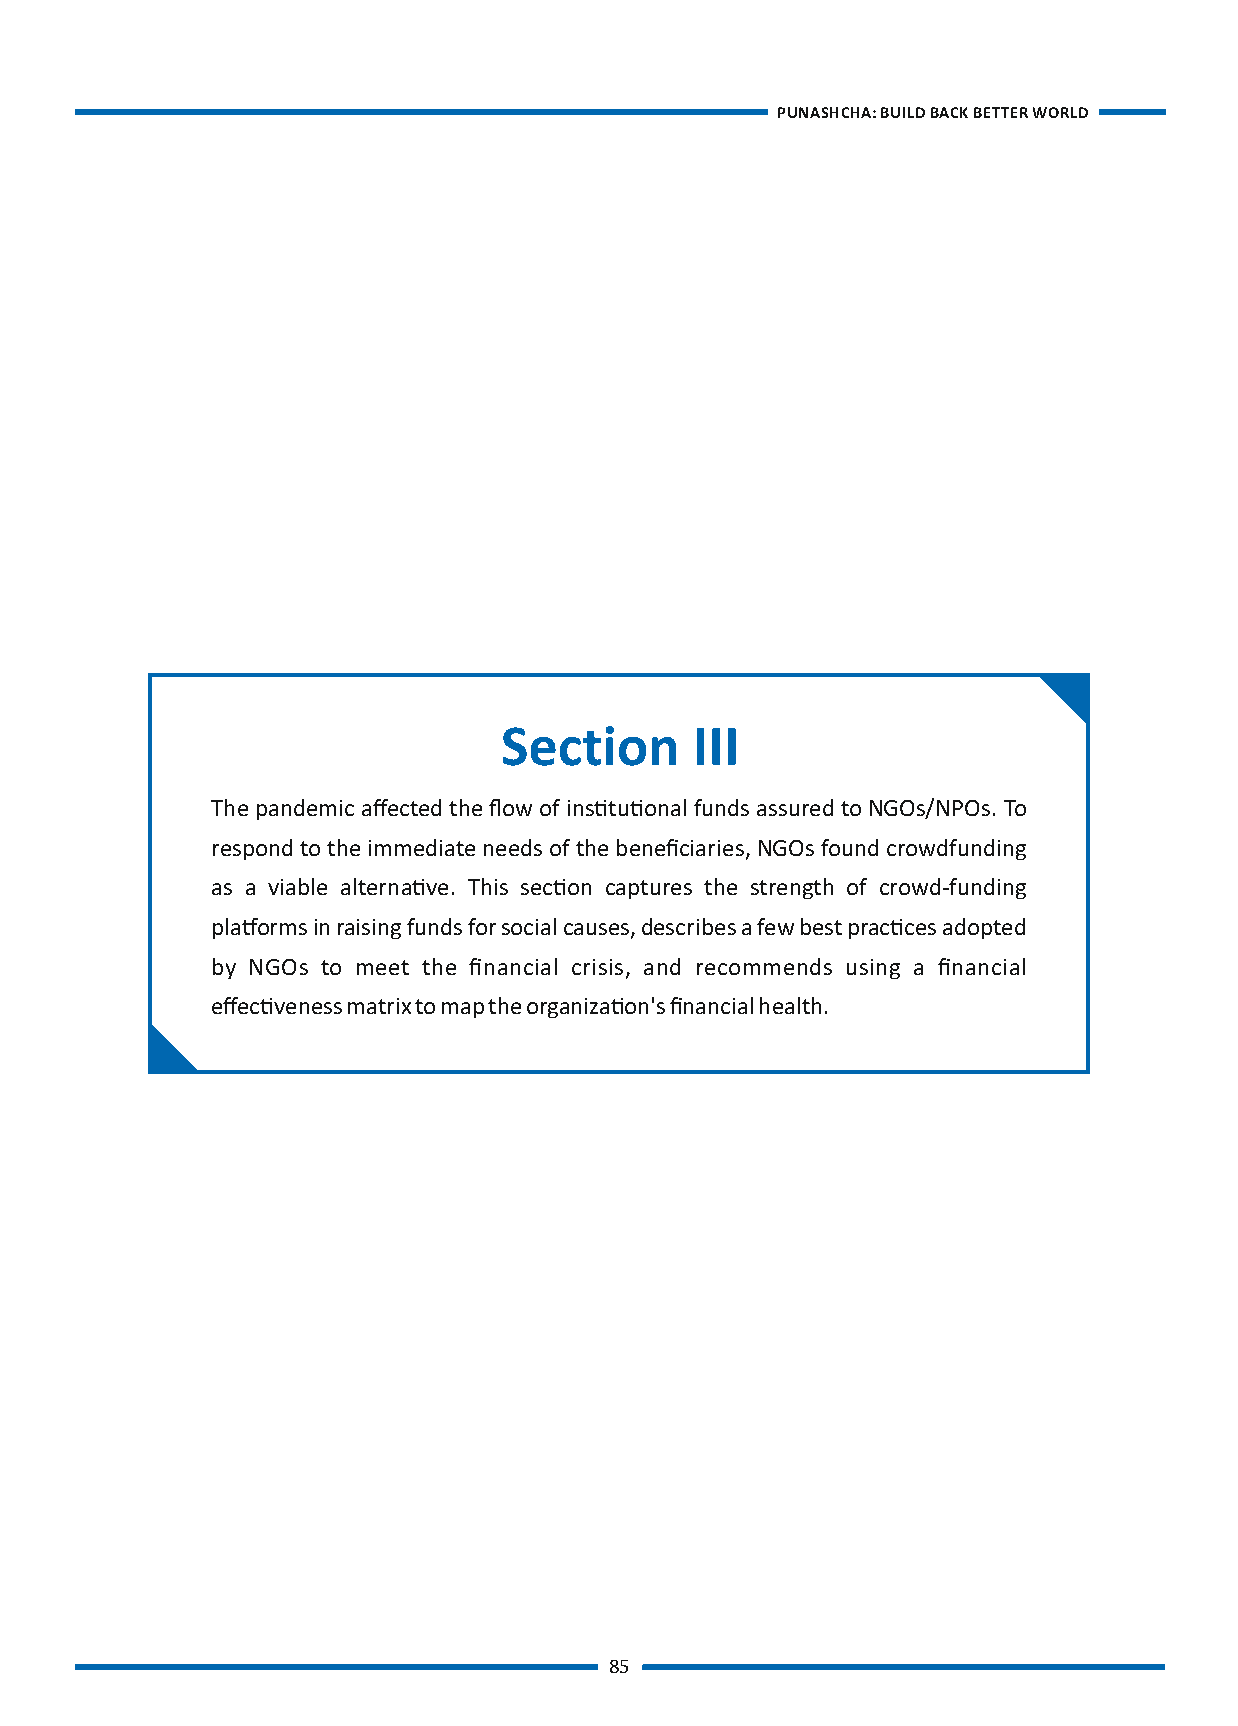
Source: Developed by Authors Photo capon d make efforts to create a more secure and sustainable society. Else the world's future will
 be at stake. Growing social and economic inequalities has created urgency to refocus our
 The ones who made it possible…
 References
 efforts on sustainab
 PUNASHCHA: BUILD BACK BETTER WORLD                 PUNASHCHA: BUILD BACK BETTER WORLD
 There is a
 staggering lack of
 infrastructure
 across the enre
 agricultural value
 chain.                           Section      III
 Fragmented
 supply chain also The pandemic affected the flow of instuonal funds assured to NGOs/NPOs. To
 has added to the respond to the immediate needs of the beneficiaries, NGOs found crowdfunding
 woes of the   as a viable alternave. This secon captures the strength of crowd-funding
 farmers such as plaorms in raising funds for social causes, describes a few best pracces adopted
 post-harvest  by NGOs to meet the financial crisis, and recommends using a financial
 losses of fruits & effecveness matrix to map the organizaon's financial health.
 vegetables due to
 gaps in storage,
 cold chains, and
 limited
 connecvity.
 84                                      85